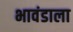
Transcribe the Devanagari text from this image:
भावंडाला